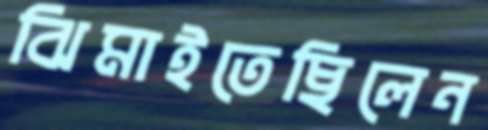
ঝিমাইতেছিলেন